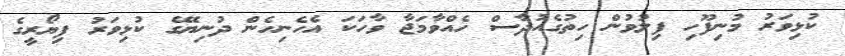
ކުޅިވަރު މުނިފޫހި ފިލުވުން ހިތުގެއުދާސް ހެއްވާމަޖާ ވާހަކަ އެހެނިހެން ދުނިޔޭގެ ކުޅިވަރު ފިޔޯރީގެ